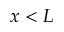
x < L